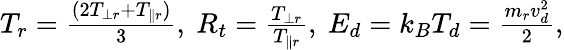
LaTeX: \begin{array}{r}{T_{r}=\frac{(2T_{\perp r}+T_{\parallel r})}{3},~R_{t}=\frac{T_{\perp r}}{T_{\parallel r}},~E_{d}=k_{B}T_{d}=\frac{m_{r}v_{d}^{2}}{2},}\end{array}